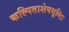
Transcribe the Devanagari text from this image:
कल्पिताशेषसृष्टिः